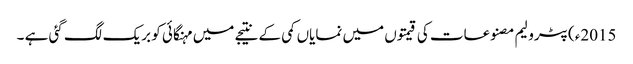
2015ء)پٹرولیم مصنوعات کی قیمتوں میں نمایاں کمی کے نتیجے میں مہنگائی کو بریک لگ گئی ہے ۔